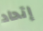
إتحاد